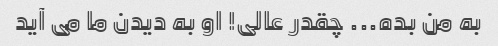
به من بده... چقدر عالی! او به دیدن ما می آید